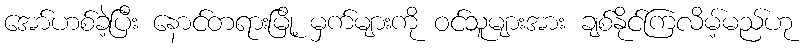
အော်ဟစ်ခဲ့ပြီး နောင်တရားမြို့ မှက်များကို ဝင်သူများအား ချစ်နိုင်ကြလိမ့်မည်ဟု